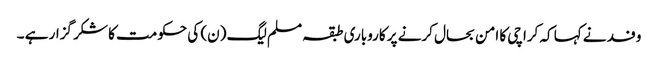
وفد نے کہا کہ کراچی کا امن بحال کرنے پر کاروباری طبقہ مسلم لیگ (ن) کی حکومت کا شکر گزار ہے ۔